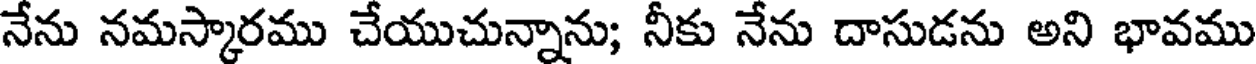
నేను నమస్కారము చేయుచున్నాను; నీకు నేను దాసుడను అని భావము